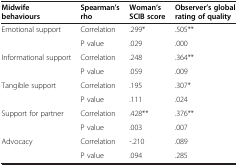
<table><thead><tr><td><b>Midwife behaviours</b></td><td><b>Spearman’s rho</b></td><td><b>Woman’s SCIB score</b></td><td><b>Observer’s global rating of quality</b></td></tr></thead><tbody><tr><td rowspan="2">Emotional support</td><td>Correlation</td><td>.299*</td><td>.505**</td></tr><tr><td>P value</td><td>.029</td><td>.000</td></tr><tr><td rowspan="2">Informational support</td><td>Correlation</td><td>.248</td><td>.364**</td></tr><tr><td>P value</td><td>.059</td><td>.009</td></tr><tr><td rowspan="2">Tangible support</td><td>Correlation</td><td>.195</td><td>.307*</td></tr><tr><td>P value</td><td>.111</td><td>.024</td></tr><tr><td rowspan="2">Support for partner</td><td>Correlation</td><td>.428**</td><td>.376**</td></tr><tr><td>P value</td><td>.003</td><td>.007</td></tr><tr><td>Advocacy</td><td>Correlation</td><td>-.210</td><td>.089</td></tr><tr><td> </td><td>P value</td><td>.094</td><td>.285</td></tr></tbody></table>